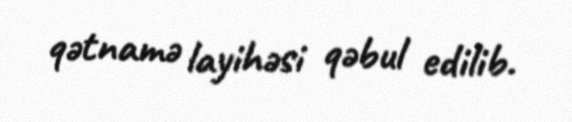
qətnamə layihəsi qəbul edilib.